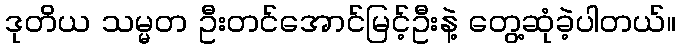
ဒုတိယ သမ္မတ ဦးတင်အောင်မြင့်ဦးနဲ့ တွေ့ဆုံခဲ့ပါတယ်။